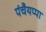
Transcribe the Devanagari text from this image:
पंचैयप्पा